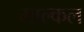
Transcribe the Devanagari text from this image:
माल्कल